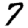
Digit: 7